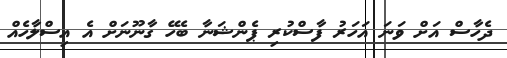
ދެހާސް އަށް ވަނަ އަހަރު ފާސްކުރި ޕެންޝަނާ ބެހޭ ގާނޫނަށް އެ އިސްލާހެއް